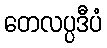
တေလပ္ပဒီပံ